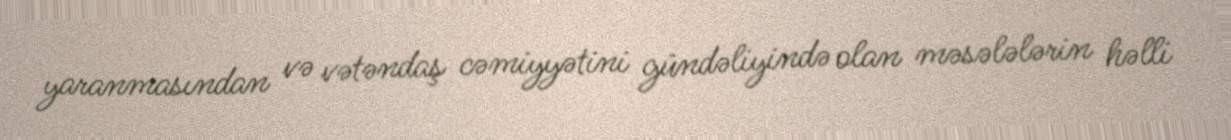
yaranmasından və vətəndaş cəmiyyətini gündəliyində olan məsələlərin həlli